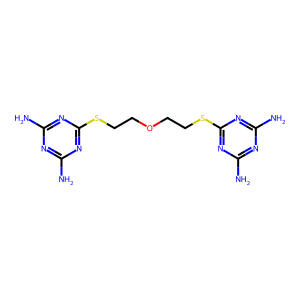
SMILES: Nc1nc(N)nc(SCCOCCSc2nc(N)nc(N)n2)n1
Inhibits HIV replication: No